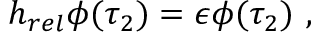
h _ { r e l } \phi ( \tau _ { 2 } ) = \epsilon \phi ( \tau _ { 2 } ) \ ,